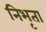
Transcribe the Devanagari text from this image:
निभृता